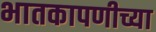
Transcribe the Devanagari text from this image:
भातकापणीच्या